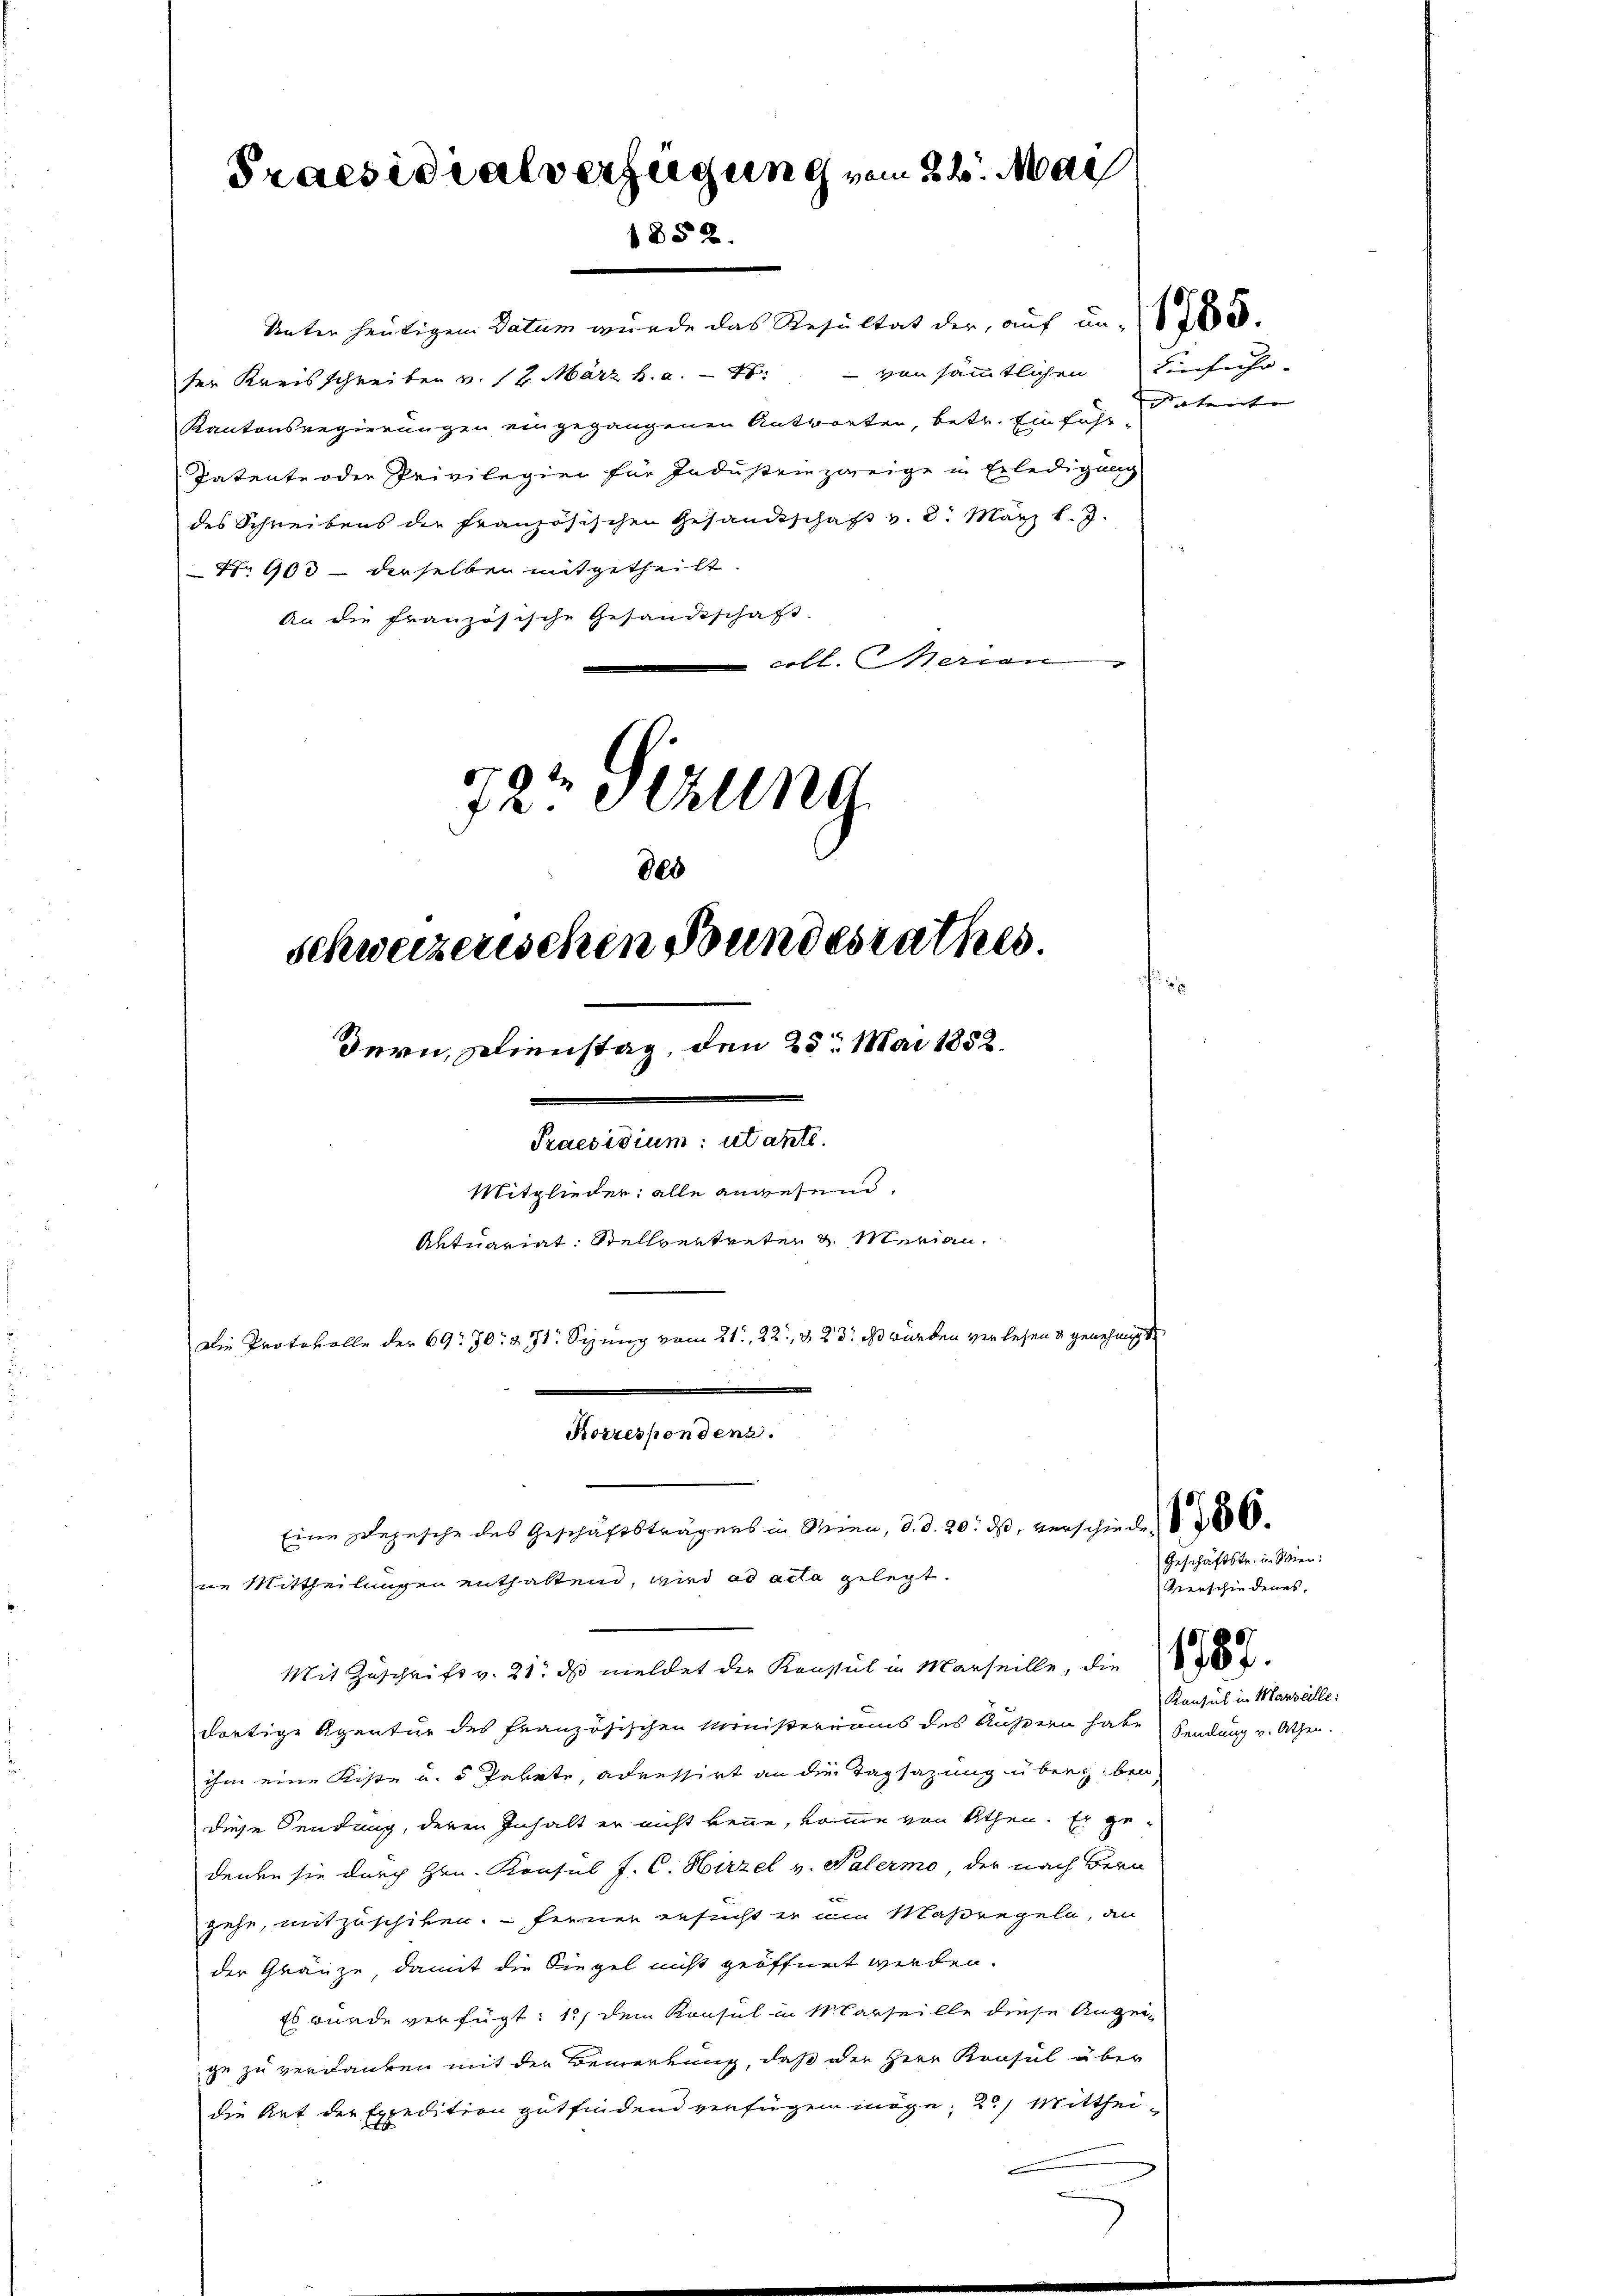
Praesidialverzigung vom 24. Mai
1852.

Unter heutigen Datum wurde das Resultat der, auf un- (8700.
ten Kreisschreiben v. 12. März h. a. - 4 - von sämmtlichen Einführ-
Kantonsregierungen eingegangenen Antworten, betr. Einführ¬
Patente oder Privilegien für Industrin zweige in Erledigung
des Schreibens die französischen Gesandtschaft v. 8. März l. J.
No 903 dieselben mitgetheilt.
An die französische Gesandtschaft
crbl. Marien
724 Sekung
820
schweizerischen Bundesrathes.

dern, Dienstag, den 25. Mai 1882.
Praesidium: utante.

Mitglieder: alle angesund.
Aktuariat Stellvertreten & Merian.
Die Protokolle der 69. 70. 371 Sizung vom 21., 22, 823. ds wurden verlesen & genehmigt

Korrespondenz.
Eine Depesche des Geschäftsträgers in Wien, d. d. 20. ds, verschieden § 28000.

ne Mittheilungen enthaltend, wird ad acta gelegt.
Mit Zuschrift v. 21. ds meldet der Konsul in Marseille, die

dortige Agentur des französischen Ministeriums des Außern habe Sendung v. Athen.
ihm eine Kiste u. 5 Parrte, adressirt an die Tagsazung übergeben
diese Sendung, deren Inhalt er nicht kenne, komme von Athen. Er gedenke sie durch Hrn. Konsul J. C. Hirzel v. Palermo der nach Bern
gehe, mitzuschiken. – Ferner ersucht er am Maßregeln, an
der Gränze, damit die Siegel nicht geöffnet werden.
Es wurde verfügt: 1., dem Konsul in Marseille diese Anzeige zu verdanken mit den Bemerkung, daß der Herr Konsul über
die Art der Expedition gutfindend verfügen möge; 2.) Mitthei¬
.

Datente

Geschäftstr. in Wien.
Verschiedenes.
Konsul in Marzalle: